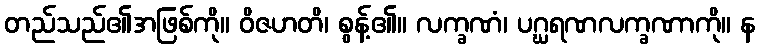
တည်သည်၏အဖြစ်ကို။ ဝိဇဟတိ၊ စွန့်၏။ လက္ခဏံ၊ ပဂ္ဃရဏလက္ခဏာကို။ န